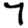
Digit: 7